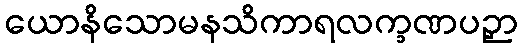
ယောနိသောမနသိကာရလက္ခဏပဉှာ